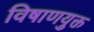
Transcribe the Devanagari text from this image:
विषाणयुक्त